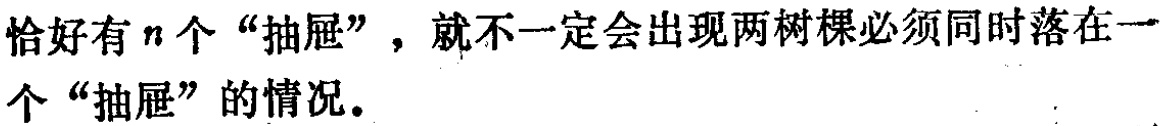
恰好有\(n\)个“抽屉”，就不一定会出现两树棵必须同时落在一个“抽屉”的情况。